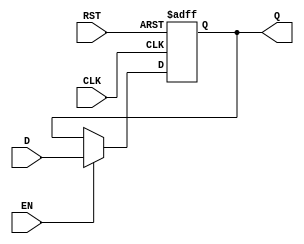
module output_register (
    input wire D,         // Data input
    input wire CLK,       // Clock input
    input wire EN,        // Enable signal
    input wire RST,       // Reset signal
    output reg Q          // Data output
);

// Synchronous operation with reset
always @(posedge CLK or posedge RST) begin
    if (RST) begin
        Q <= 1'b0;       // Reset the output to 0
    end else if (EN) begin
        Q <= D;          // Update the output with the data input
    end
    // If EN is not asserted, Q retains its previous value
end

endmodule